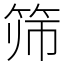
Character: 筛